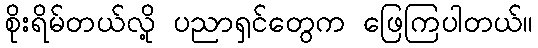
စိုးရိမ်တယ်လို့ ပညာရှင်တွေက ဖြေကြပါတယ်။